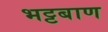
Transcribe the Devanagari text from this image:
भट्टबाण